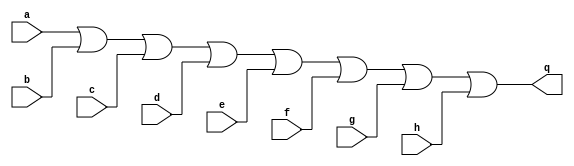
`timescale 1ns / 1ps
//////////////////////////////////////////////////////////////////////////////////
// Company: 
// Engineer: 
// 
// Design Name: 
// Module Name: orgate
// Project Name: 
// Target Devices: 
// Tool Versions: 
// Description: 
// 
// Dependencies: 
// 
// Revision:
// Revision 0.01 - File Created
// Additional Comments:
// 
//////////////////////////////////////////////////////////////////////////////////


module orgate
#(parameter Port_Num = 2, //  2 
 parameter WIDTH=8) //  8 
 ( 
input [(WIDTH-1):0] a,
input [(WIDTH-1):0] b,
input [(WIDTH-1):0] c,
input [(WIDTH-1):0] d,
input [(WIDTH-1):0] e,
input [(WIDTH-1):0] f,
input [(WIDTH-1):0] g,
input [(WIDTH-1):0] h,
output [(WIDTH-1):0] q
);
assign q = (a | b | c | d | e | f | g | h);
endmodule